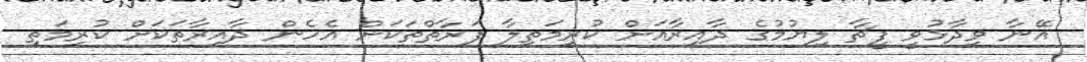
އޭނާ ވިދާޅުވީ ފީޗާ ލިޔުމުގެ ދާއިރާއަށް ކުރިމަތިލާ ފަރާތްތަކަށް އެހެން ދާއިރާތަކަށް ކުރިމަތި